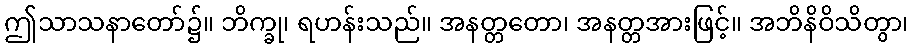
ဤသာသနာတော်၌။ ဘိက္ခု၊ ရဟန်းသည်။ အနတ္တတော၊ အနတ္တအားဖြင့်။ အဘိနိဝိသိတွာ၊